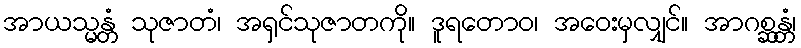
အာယသ္မန္တံ သုဇာတံ၊ အရှင်သုဇာတကို။ ဒူရတောဝ၊ အဝေးမှလျှင်။ အာဂစ္ဆန္တံ၊